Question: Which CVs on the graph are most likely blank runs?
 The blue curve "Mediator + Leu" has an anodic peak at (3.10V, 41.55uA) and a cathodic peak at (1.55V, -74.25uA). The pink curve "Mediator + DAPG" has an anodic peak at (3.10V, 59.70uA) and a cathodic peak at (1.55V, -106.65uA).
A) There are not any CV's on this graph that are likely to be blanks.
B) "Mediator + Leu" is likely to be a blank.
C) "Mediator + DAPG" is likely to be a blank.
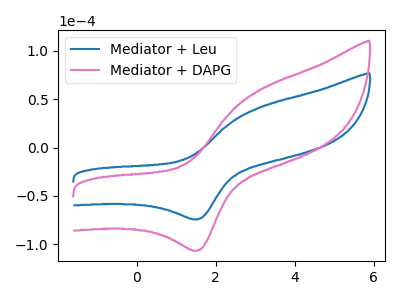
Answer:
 <answer>A) There are not any CV's on this graph that are likely to be blanks.</answer>
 <eval>A</eval>